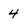
Character: 4